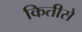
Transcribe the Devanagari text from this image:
कितीसे